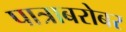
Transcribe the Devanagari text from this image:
पात्राबरोबर